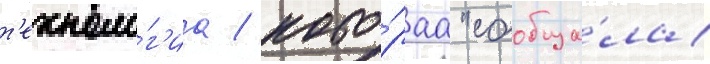
т'ехноло́г'иа / кото́раа "сообща́ла